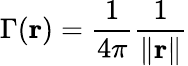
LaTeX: \Gamma(\mathbf{r})={\frac{1}{4\pi}}{\frac{1}{\| \mathbf{r}\| }}